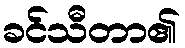
ခင်သီတာ၏